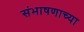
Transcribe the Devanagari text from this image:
संभाषणाच्या